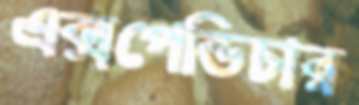
এক্সপেন্ডিচার